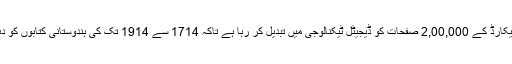
'' برطانوی لائبریری اپنے جنوبی ایشیائی ریکارڈ کے 2,00,000 صفحات کو ڈیجیٹل ٹیکنالوجی میں تبدیل کر رہا ہے تاکہ 1714 سے 1914 تک کی ہندوستانی کتابوں کو دنیا بھر میں آسانی سے دستیاب کیا جا سکے۔